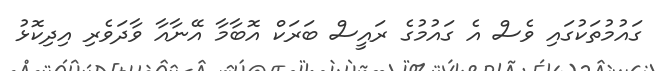
ގައުމުތަކުގައި ވެސް އެ ގައުމުގެ ރައީސް ބަރަކް އޮބާމާ އޭނާއާ ވާދަވެރި އިދިކޮޅު